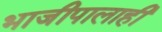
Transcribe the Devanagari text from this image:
भाजीपालाही